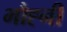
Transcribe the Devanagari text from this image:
भौह्नी